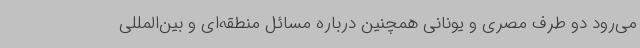
می‌رود دو طرف مصری و یونانی همچنین درباره مسائل منطقه‌ای و بین‌المللی